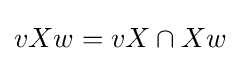
vXw=vX\cap Xw